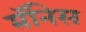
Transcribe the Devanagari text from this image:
मॅनिस